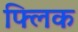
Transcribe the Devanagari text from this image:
फ्‍लिक